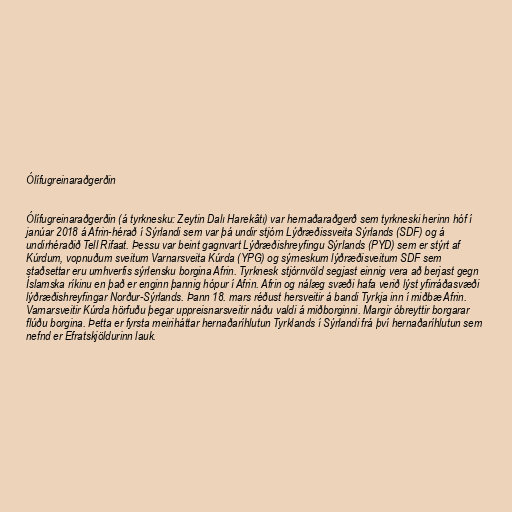
Ólífugreinaraðgerðin

Ólífugreinaraðgerðin (á tyrknesku: Zeytin Dalı Harekâtı) var hernaðaraðgerð sem tyrkneski herinn hóf í
janúar 2018 á Afrin-hérað í Sýrlandi sem var þá undir stjórn Lýðræðissveita Sýrlands (SDF) og á
undirhéraðið Tell Rifaat. Þessu var beint gagnvart Lýðræðishreyfingu Sýrlands (PYD) sem er stýrt af
Kúrdum, vopnuðum sveitum Varnarsveita Kúrda (YPG) og sýrneskum lýðræðisveitum SDF sem
staðsettar eru umhverfis sýrlensku borgina Afrin. Tyrknesk stjórnvöld segjast einnig vera að berjast gegn
Íslamska ríkinu en það er enginn þannig hópur í Afrin. Afrin og nálæg svæði hafa verið lýst yfirráðasvæði
lýðræðishreyfingar Norður-Sýrlands. Þann 18. mars réðust hersveitir á bandi Tyrkja inn í miðbæ Afrin.
Varnarsveitir Kúrda hörfuðu þegar uppreisnarsveitir náðu valdi á miðborginni. Margir óbreyttir borgarar
flúðu borgina. Þetta er fyrsta meiriháttar hernaðaríhlutun Tyrklands í Sýrlandi frá því hernaðaríhlutun sem
nefnd er Efratskjöldurinn lauk.